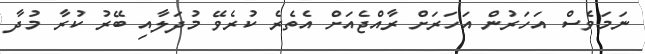
ނަމަވެސް އަހަރުން އަހަރަށް ރާއްޖެއަށް އެތެރެ ކުރެވޭ މުދަލާއި ބޭރު ކުރާ މުދާ